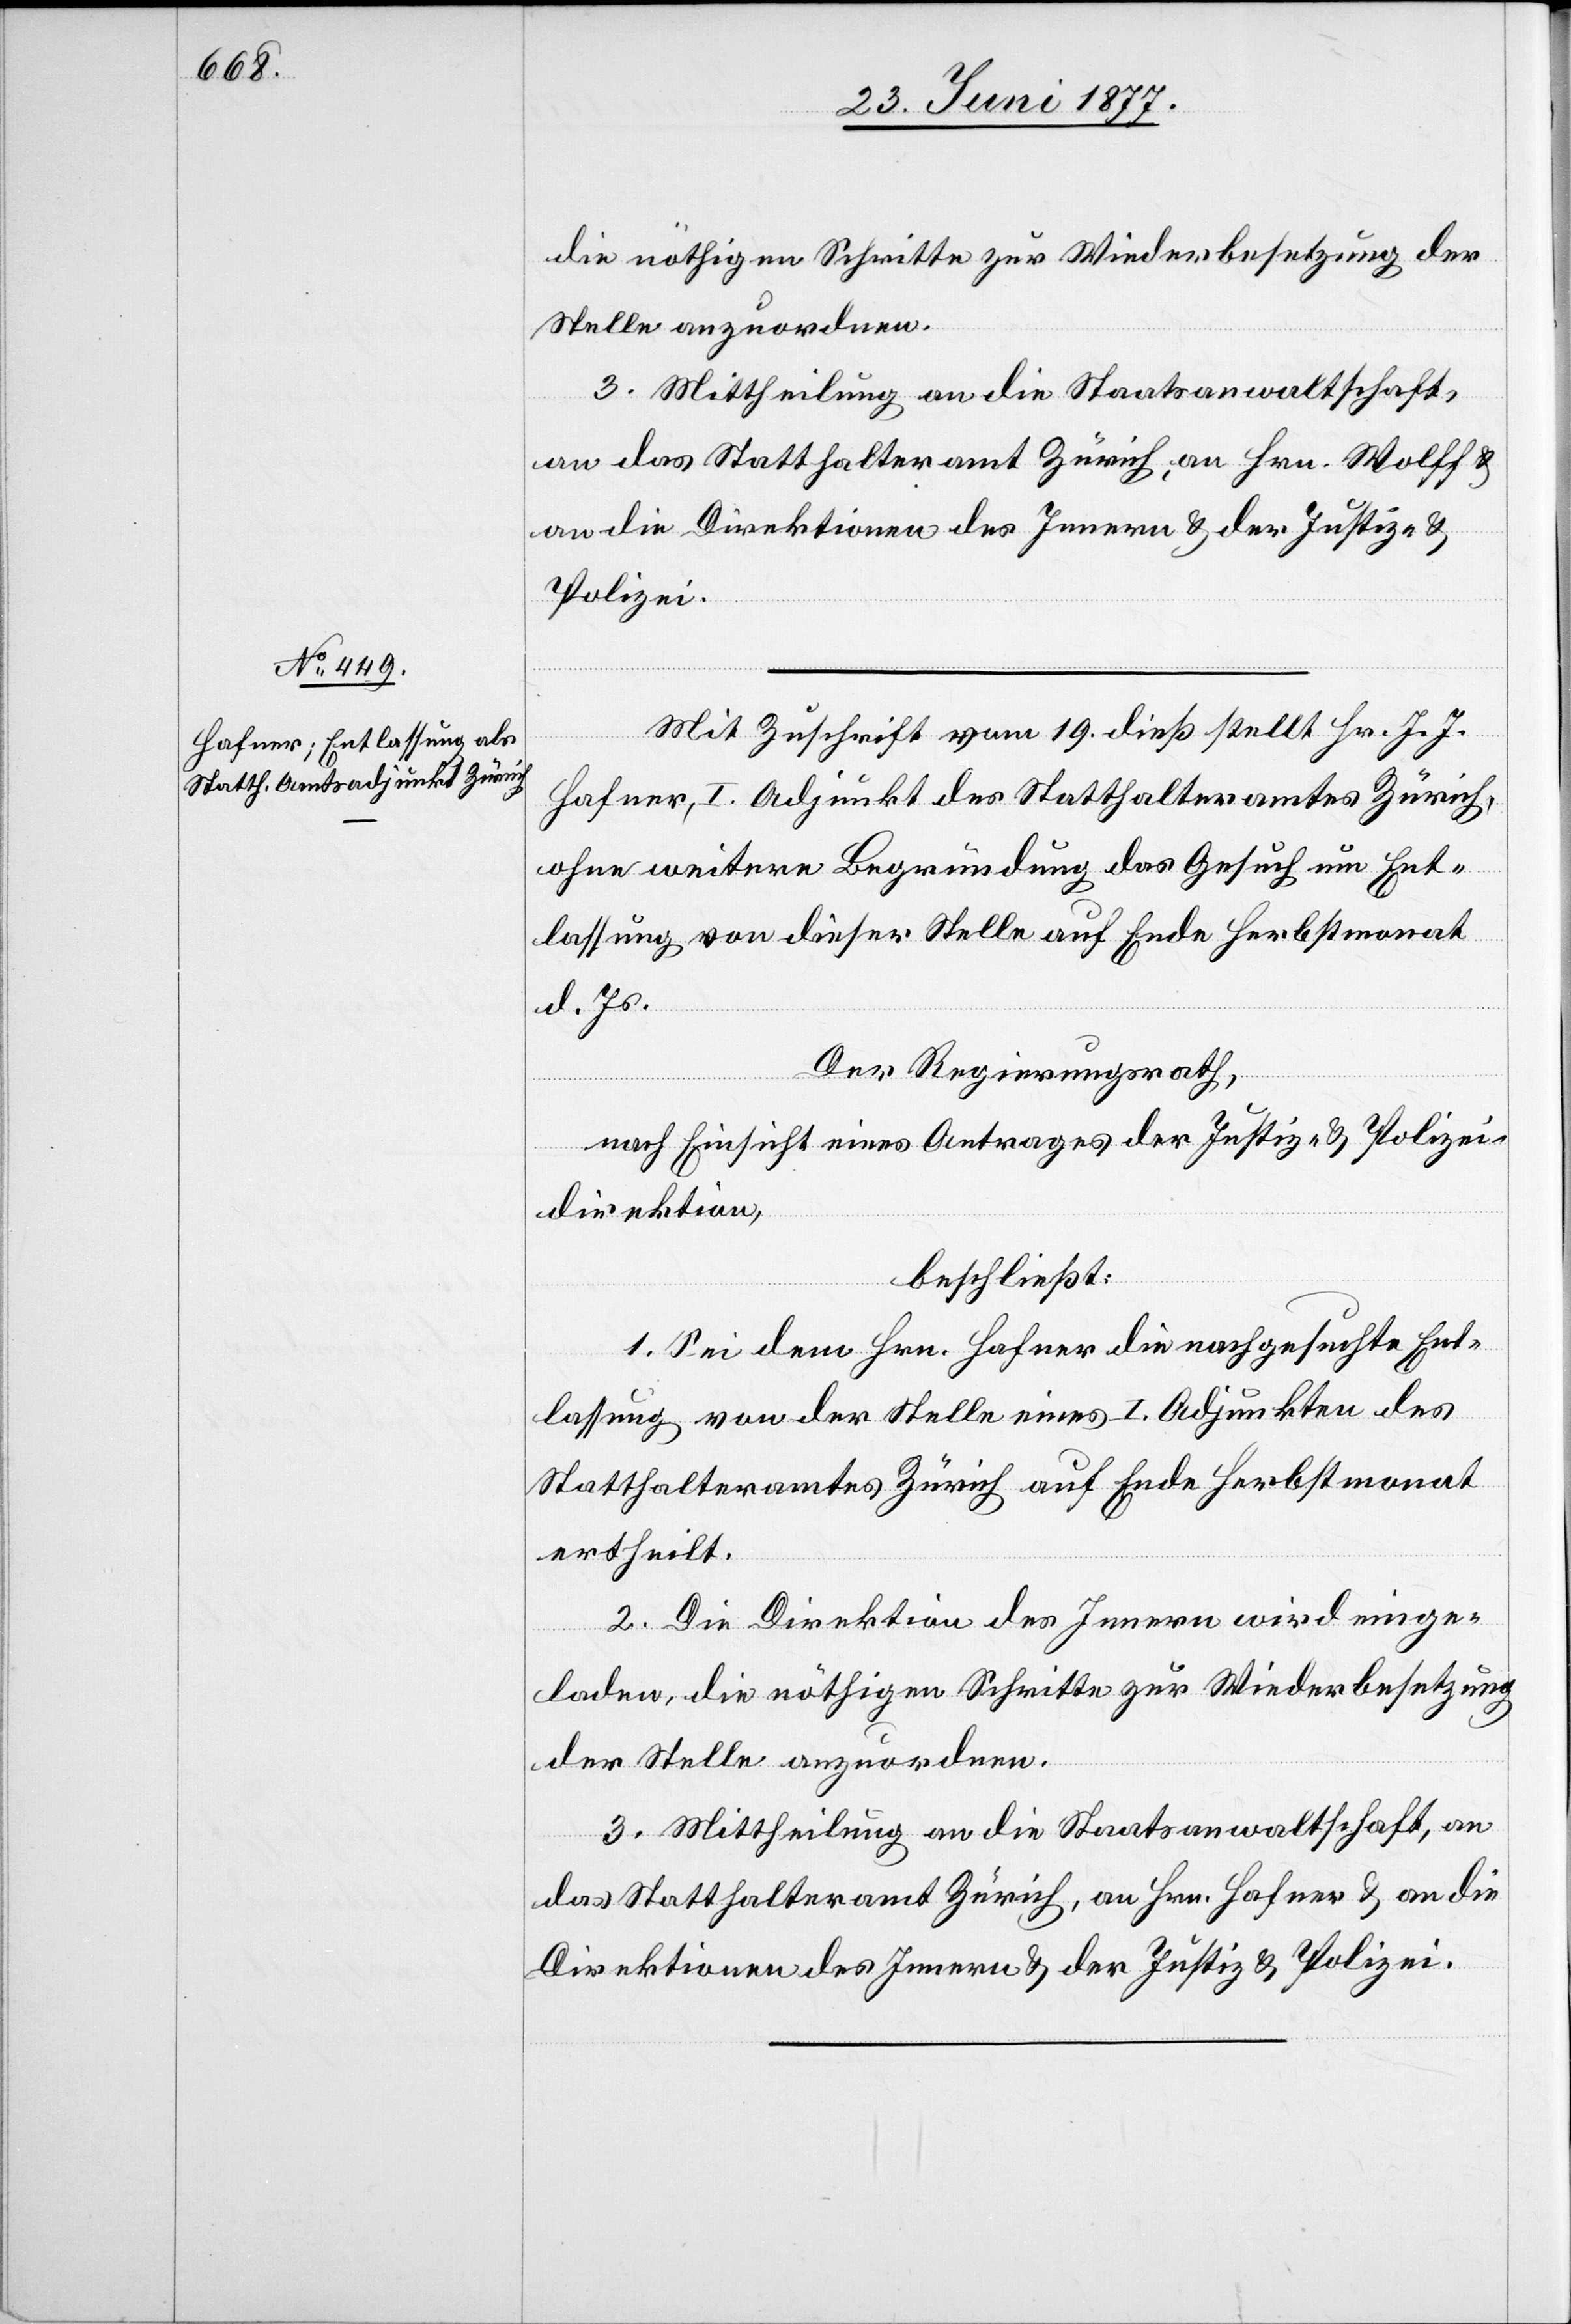
die nöthigen Schritte zur Wiederbesetzung der
Stelle anzuordnen.
3. Mittheilung an die Staatsanwaltschaft,
an das Statthalteramt Zürich, an Hrn. Wolff &
an die Direktionen des Innern & der Justiz-
Polizei.
Mit Zuschrift vom 19. dieß stellt Hr. J. J.
Hafner, I. Adjunkt des Statthalteramtes Zürich,
ohne weitere Begründung das Gesuch um Ent¬
lassung von dieser Stelle auf Ende Herbstmonat
d. Js.
Der Regierungsrath,
nach Einsicht eines Antrages der Justiz- & Polizei¬
direktion,
beschließt:
1. Sei dem Hrn. Hafner die nachgesuchte Ent¬
lassung von der Stelle eines I. Adjunkten des
Statthalteramtes Zürich auf Ende Herbstmonat
ertheilt.
2. Die Direktion des Innern wird einge¬
laden, die nöthigen Schritte zur Wiederbesetzung
der Stelle anzuordnen.
3. Mittheilung an die Staatsanwaltschaft, an
das Statthalteramt Zürich, an Hrn. Hafner & an die
Direktionen des Innern & der Justiz & Polizei.